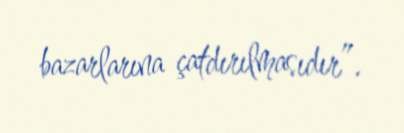
bazarlarına çatdırılmasıdır”.